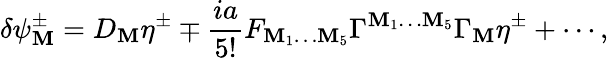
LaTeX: \delta\psi_{\mathbf{M}}^{\pm}=D_{\mathbf{M}}\eta^{\pm}\mp\frac{{ia}}{{5!}}F_{\mathbf{M}_{1}\ldots\mathbf{M}_{5}}\Gamma^{\mathbf{M}_{1}\ldots\mathbf{M}_{5}}\Gamma_{\mathbf{M}}\eta^{\pm}+\cdots,